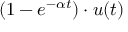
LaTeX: ( 1 - e ^ { - \alpha t } ) \cdot u ( t )